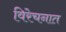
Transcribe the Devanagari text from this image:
विरेचनात